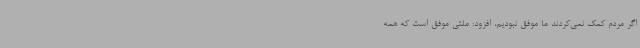
اگر مردم کمک نمی‌کردند ما موفق نبودیم، افزود: ملتی موفق است که همه